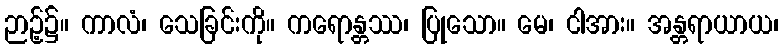
ဉာဉ့်၌။ ကာလံ၊ သေခြင်းကို။ ကရောန္တဿ၊ ပြုသော။ မေ၊ ငါအား။ အန္တရာယာယ၊